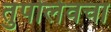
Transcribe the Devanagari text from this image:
तुपोलेवचा